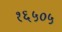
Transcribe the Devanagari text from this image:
१६५०५